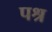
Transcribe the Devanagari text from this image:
पश्र